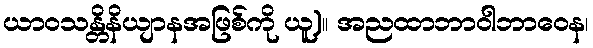
ယာဝသန္တိနိယျာနအဖြစ်ကို ယူ)။ အညထာဘာဝါဘာဝေန၊